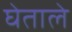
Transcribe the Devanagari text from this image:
घेताले